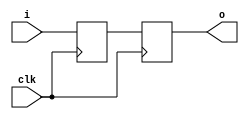
/* i_sync.v */
/* input synchronizer */


module i_sync #(
  parameter DW = 1,           // signal width
  parameter RS = 1'b0         // power up state
)(
  // system
  input  wire           clk,
  // input
  input  wire [ DW-1:0] i,
  // output
  output wire [ DW-1:0] o
);


reg [ DW-1:0] sync_0 = {DW{RS}};
reg [ DW-1:0] sync_1 = {DW{RS}};


always @ (posedge clk) begin
  sync_0 <= #1 i;
  sync_1 <= #1 sync_0;
end


assign o = sync_1;


endmodule